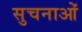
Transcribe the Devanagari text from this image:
सुचनाओं